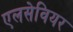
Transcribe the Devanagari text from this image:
एलसेवियर